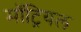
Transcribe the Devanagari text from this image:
मॉट्रियल